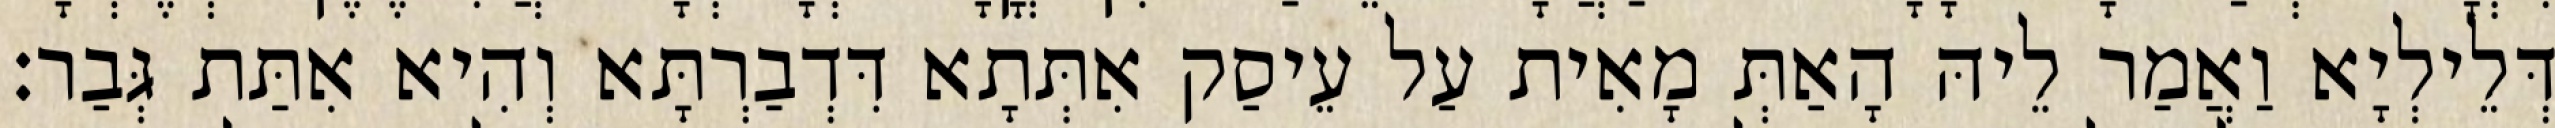
דְּלֵילְיָא וַאֲמַר לֵיהּ הָאַתְּ מָאִית עַל עֵיסַק אִתְּתָא דִּדְבַרְתָּא וְהִיא אִתַּת גְּבַר׃